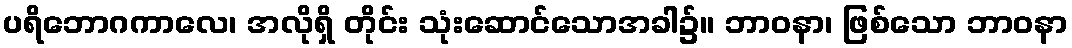
ပရိဘောဂကာလေ၊ အလိုရှိ တိုင်း သုံးဆောင်သောအခါ၌။ ဘာဝနာ၊ ဖြစ်သော ဘာဝနာ